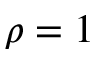
\rho = 1